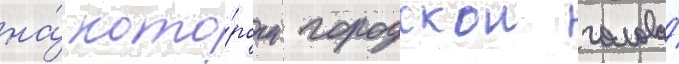
на́ кото́ром городскои голова́